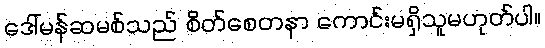
ဒေါ်မန်ဆမစ်သည် စိတ်စေတနာ ကောင်းမရှိသူမဟုတ်ပါ။